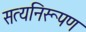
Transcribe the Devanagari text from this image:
सत्यनिरूपण